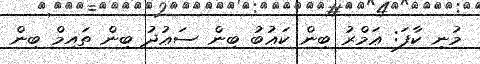
މުނި ކާފަ: ޢަމްރު ބިން ކަޢުބު ބިން ސަޢުދު ބިން ތައިމް ބިން